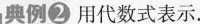
奥例②用代数式表示.